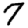
Digit: 7